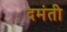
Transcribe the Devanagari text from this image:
दमंती